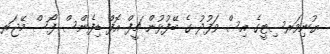
ޔުނިވަރސިޓީގެ އިސް ވަފުދު ގެ ބޭފުޅުން ޗީފް އޮފް ޑިފެންސް ފޯސް މޭޖަރ